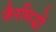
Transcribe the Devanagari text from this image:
जैनसिद्धों